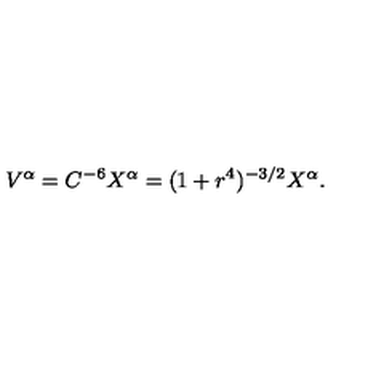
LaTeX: V ^ { \alpha } = C ^ { - 6 } X ^ { \alpha } = ( 1 + r ^ { 4 } ) ^ { - 3 / 2 } X ^ { \alpha } .